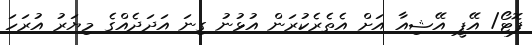
ފޮޓޯ/ އޭޕީ އޭޝިއާ އަށް އެތެރެކުރަން އުޅުނު ގިނަ އަދަދެއްގެ މިޔަރު އުރަހަ